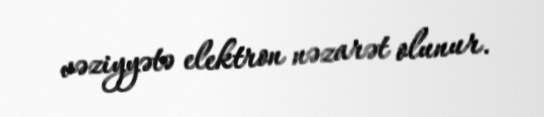
vəziyyətə elektron nəzarət olunur.